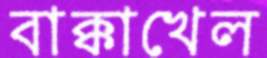
বাক্কাখেল